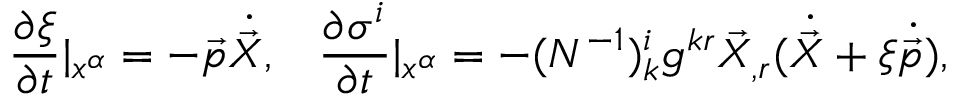
\frac { \partial \xi } { \partial t } | _ { x ^ { \alpha } } = - \vec { p } \dot { \vec { X } } , \; \; \; \frac { \partial \sigma ^ { i } } { \partial t } | _ { x ^ { \alpha } } = - ( N ^ { - 1 } ) _ { k } ^ { i } g ^ { k r } \vec { X } _ { , r } ( \dot { \vec { X } } + \xi \dot { \vec { p } } ) ,